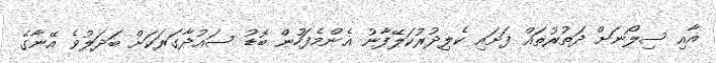
އާއި ސިލޯނަށް ދަތުރުތައް ފަށައި ކެލިދުރުކަލޭފާނު އެންމެފަހުން ބޮޑު ސައުދާގަރަކަށް ބަދަލުވެ އޭނާގެ